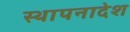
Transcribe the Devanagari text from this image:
स्थापनादेश